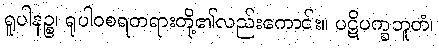
ရူပါနဉ္စ၊ ရူပါဝစရတရားတို့၏လည်းကောင်း။ ပဋိပက္ခဘူတံ၊